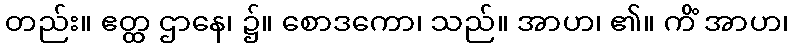
တည်း။ ဧတ္ထ ဌာနေ၊ ၌။ စောဒကော၊ သည်။ အာဟ၊ ၏။ ကိံ အာဟ၊